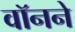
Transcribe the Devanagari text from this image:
वॉनने